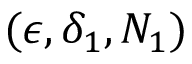
( \epsilon , \delta _ { 1 } , N _ { 1 } )